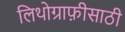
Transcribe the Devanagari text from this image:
लिथोग्राफ़ीसाठी